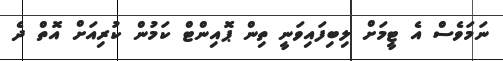
ނަމަވެސް އެ ޓީމަށް ލިބިފައިވަނީ ތިން ޕޮއިންޓް ކަމުން ކުރިއަށް އޮތް ދެ